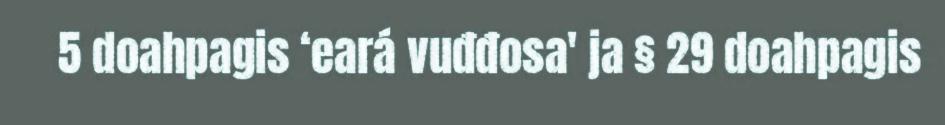
5 doahpagis ‘eará vuđđosa' ja § 29 doahpagis